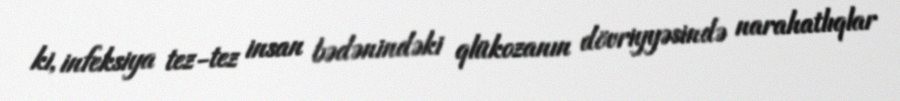
ki, infeksiya tez-tez insan bədənindəki qlükozanın dövriyyəsində narahatlıqlar